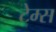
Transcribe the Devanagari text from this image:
टेम्‍स